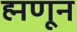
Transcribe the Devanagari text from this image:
ह्मणून